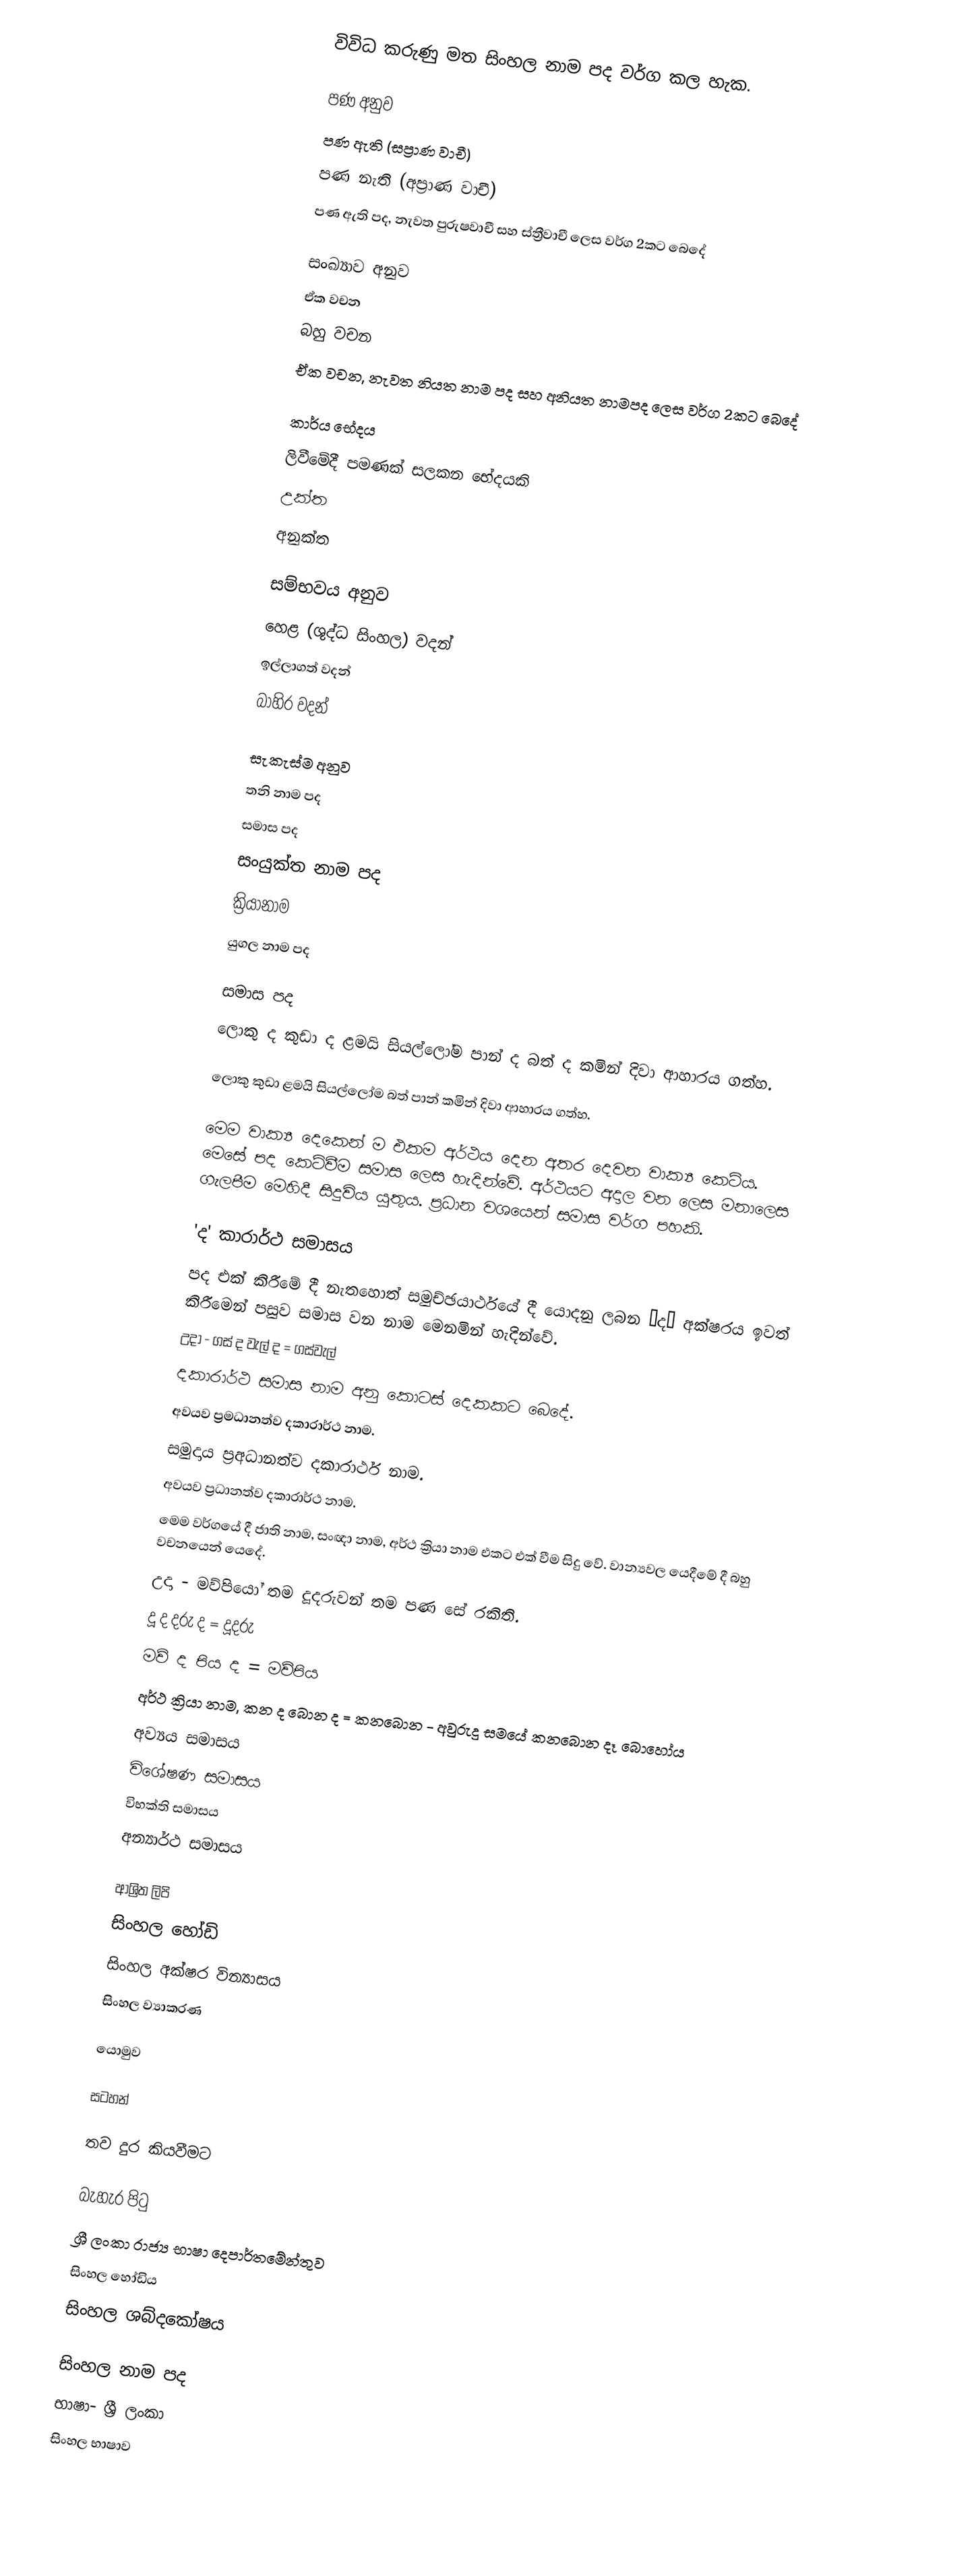
විවිධ කරුණු මත සිංහල නාම පද වර්ග කල හැක.

පණ අනුව
 පණ ඇති (සප්‍රාණ වාචී)
 පණ නැති (අප්‍රාණ වාචී)
පණ ඇති පද, නැවත පුරුෂවාචී සහ ස්ත්‍රීවාචී ලෙස වර්ග 2කට බෙදේ

සංඛ්‍යාව අනුව
 ඒක වචන
 බහු වචන
ඒක වචන, නැවත නියත නාම පද සහ අනියත නාමපද ලෙස වර්ග 2කට බෙදේ

කාර්ය භේදය
ලිවීමේදී පමණක් සලකන භේදයකි
 උක්ත
 අනුක්ත

සම්භවය අනුව
 හෙළ (ශුද්ධ සිංහල) වදන්
 ඉල්ලාගත් වදන්
 බාහිර වදන්

සැකැස්ම අනුව
 තනි නාම පද
 සමාස පද
 සංයුක්ත නාම පද
 ක්‍රියානාම
 යුගල නාම පද

සමාස පද
ලොකු ද කුඩා ද ළමයි සියල්ලෝම පාන් ද බත් ද කමින් දිවා ආහාරය ගත්හ.

ලොකු කුඩා ළමයි සියල්ලෝම බත් පාන් කමින් දිවා ආහාරය ගත්හ.

මෙම වාක්‍ය දෙකෙන් ම එකම අර්ථය දෙන අතර දෙවන වාක්‍ය කෙටිය. මෙසේ පද කෙටිවීම සමාස ලෙස හැදින්වේ. අර්ථයට අදාල වන ලෙස මනාලෙස ගැලපීම මෙහිදී සිදුවිය යුතුය. ප්‍රධාන වශයෙන් සමාස වර්ග පහකි.

 'ද' කාරාර්ථ සමාසය
පද එක් කිරීමේ දී නැතහොත් සමුච්ඡයාර්ථයේ දී යොදනු ලබන ‘ද’ අක්ෂරය ඉවත් කිරීමෙන් පසුව සමාස වන නාම මෙනමින් හැදින්වේ.
උදා - ගස් ද වැල් ද = ගස්වැල්
දකාරාර්ථ සමාස නාම අනු කොටස් දෙකකට බෙදේ.
 අවයව ප්‍රමධානත්ව දකාරාර්ථ නාම.
 සමුදාය ප්‍රඅධානත්ව දකාරාර්ථ නාම.
 අවයව ප්‍රධානත්ව දකාරාර්ථ නාම.
මෙම වර්ගයේ දී ජාති නාම, සංඥා නාම, අර්ථ ක්‍රියා නාම එකට එක් වීම සිදු වේ. වාන්‍යවල යෙදීමේ දී බහු වචනයෙන් යෙදේ.
උදා - මව්පියෝ තම දූදරුවන් තම පණ සේ රකිති.
දූ ද දරු ද 	= දූදරු
මව් ද පිය ද	= මව්පිය
අර්ථ ක්‍රියා නාම, කන ද බොන ද = කනබොන - අවුරුදු සමයේ කනබොන දෑ බොහෝය
 අව්‍යය සමාසය
 විශේෂණ සමාසය
 විභක්ති සමාසය
 අන්‍යාර්ථ සමාසය

ආශ්‍රිත ලිපි
 සිංහල හෝඩි
 සිංහල අක්ෂර වින්‍යාසය
 සිංහල ව්‍යාකරණ

යොමුව

සටහන්

තව දුර කියවීමට

බැහැර පිටු
 ශ්‍රී ලංකා රාජ්‍ය භාෂා දෙපාර්තමේන්තුව
 සිංහල හෝඩිය
 සිංහල ශබ්දකෝෂය

සිංහල නාම පද
භාෂා- ශ්‍රී ලංකා
සිංහල භාෂාව